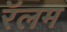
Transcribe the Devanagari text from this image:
रॅलम